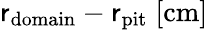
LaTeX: \mathsf{r}_{\mathrm{{domain}}}-\mathsf{r}_{\mathrm{{pit}}}\; [\mathrm{{cm}}]